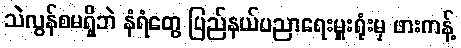
သဲလွန်စမရှိဘဲ နံရံတွေ ပြည်နယ်ပညာရေးမှူးရုံးမှ ဖားကန့်